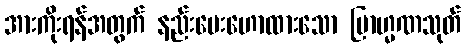
အားကိုးရန်အတွက် နည်းပေးဟောထားသော ဗြာဟ္မဏသုတ်